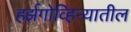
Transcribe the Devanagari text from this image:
हर्झगोव्हिन्यातील